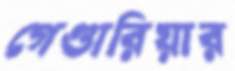
গেণ্ডারিয়ার